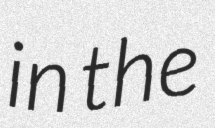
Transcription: in the